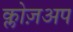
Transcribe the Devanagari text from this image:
क्लोज़अप